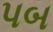
પબ